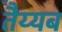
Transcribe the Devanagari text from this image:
तैय्यब